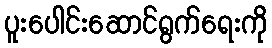
ပူးပေါင်းဆောင်ရွက်ရေးကို